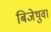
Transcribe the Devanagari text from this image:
बिजेथुवा